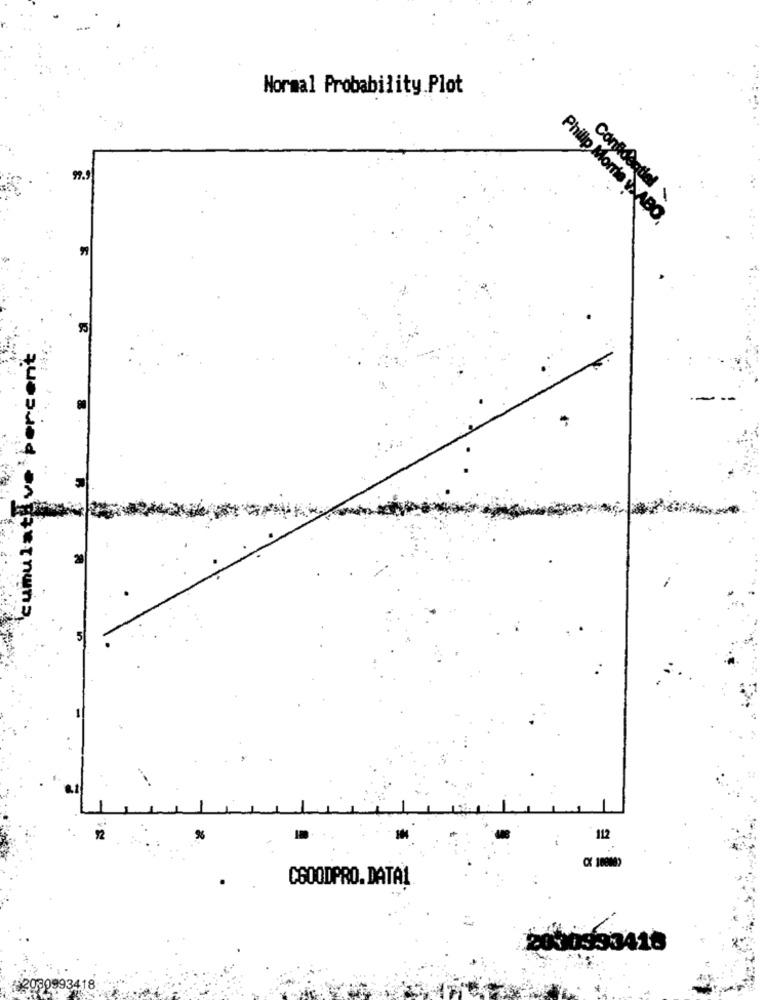
Normal Probability.Plot
99.9
Confidential \
Philip Morris v.ABO,
Ive percent
nu
92
%
112
CX 100
CGOODPRO. DATAL
2010333418
12060993418